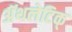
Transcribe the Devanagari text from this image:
अॅथलेटिक्